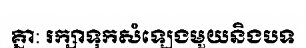
គ្នា: រក្សាទុកសំឡេងមួយនិងបទ